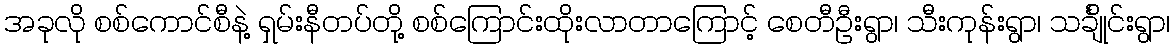
အခုလို စစ်ကောင်စီနဲ့ ရှမ်းနီတပ်တို့ စစ်ကြောင်းထိုးလာတာကြောင့် စေတီဦးရွာ၊ သီးကုန်းရွာ၊ သင်္ချိုင်းရွာ၊